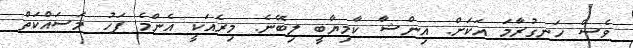
ވެސް ހަނގުރާމަ އަކަށް. އިންޝާ ކާމިޔާބީ ލިބޭނެ. މިރެއަކީ އެންމެ ފަހު މަސައްކަތް